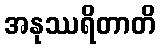
အနုဿရိတာတိ